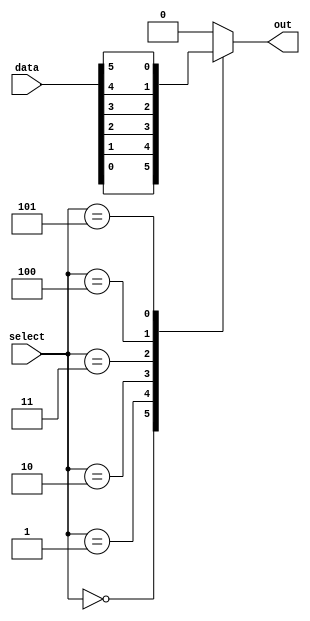
module mux64to1 (
    input [63:0] data,
    input [5:0] select,
    output reg out
);

always @ (*) begin
    case(select)
        6'b000000: out = data[0];
        6'b000001: out = data[1];
        6'b000010: out = data[2];
        6'b000011: out = data[3];
        6'b000100: out = data[4];
        6'b000101: out = data[5];
        // continue for remaining 58 cases
        default: out = 0; // Default case, output 0
    endcase
end

endmodule